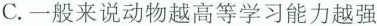
C.一般来说动物越高等学习能力越强